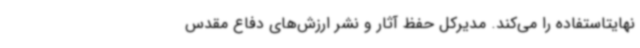
نهایتاستفاده را می‌کند. مدیرکل حفظ آثار و نشر ارزش‌های دفاع مقدس